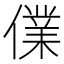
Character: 㒒